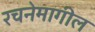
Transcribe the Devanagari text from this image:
रचनेमागील